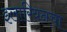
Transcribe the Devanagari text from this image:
इलारियनचा